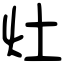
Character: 灶